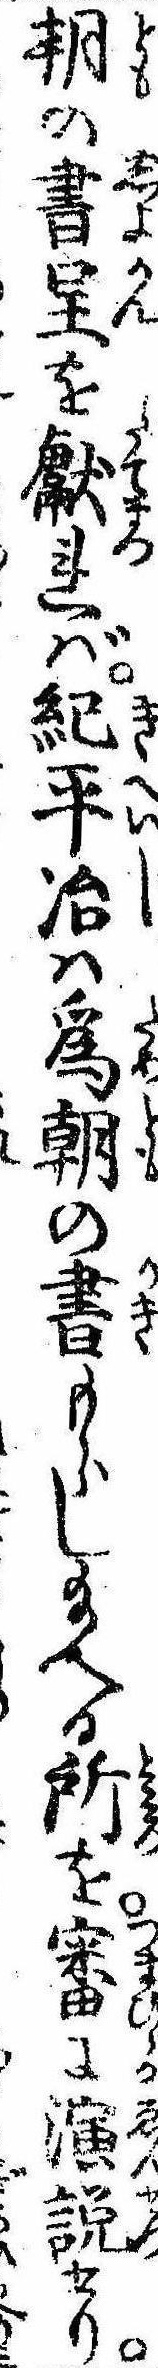
朝の書呈を献れば紀平治は為朝の書もらし給へる所を審に演説せり